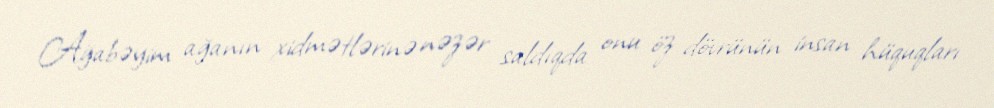
Ağabəyim ağanın xidmətlərinə nəzər saldıqda onu öz dövrünün insan hüquqları